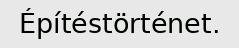
Építéstörténet.